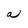
Character: a